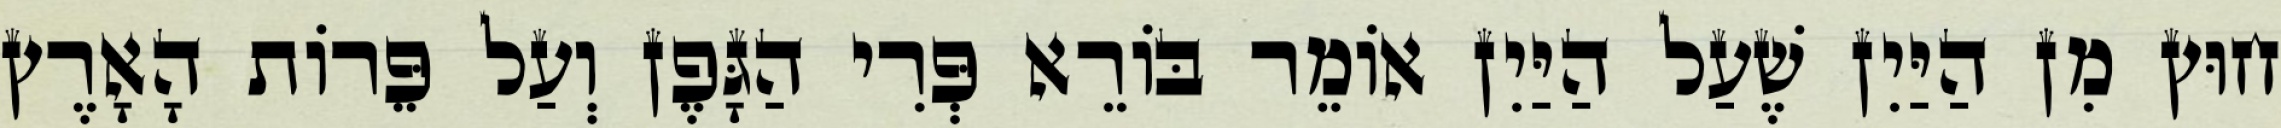
חוּץ מִן הַיַּיִן שֶׁעַל הַיַּיִן אוֹמֵר בּוֹרֵא פְּרִי הַגָּפֶן וְעַל פֵּרוֹת הָאָרֶץ